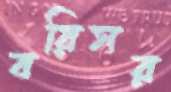
বরিসর